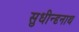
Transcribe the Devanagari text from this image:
सुधीन्दृनाथ